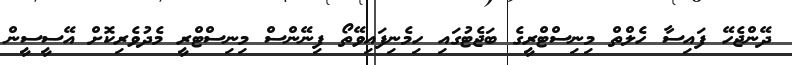
ދޭންޖެހޭ ފައިސާ ހެލްތް މިނިސްޓްރީގެ ބަޖެޓުގައި ހިމެނިފައިވޭތޯ ފިނޭންސް މިނިސްޓްރީ މެދުވެރިކޮށް އޭސީސީން